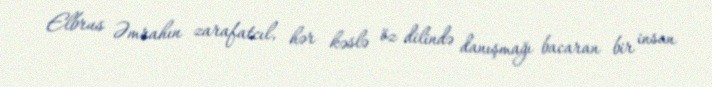
Elbrus Əmrahın zarafatcıl, hər kəslə öz dilində danışmağı bacaran bir insan